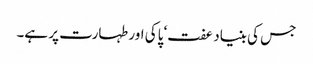
جس کی بنیاد عفت‘ پاکی اور طہارت پر ہے۔